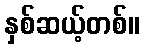
နှစ်ဆယ့်တစ်။